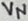
Text: VN